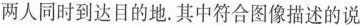
两人同时到达目的地.其中符合图像描述的说